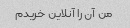
من آن را آنلاین خریدم